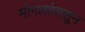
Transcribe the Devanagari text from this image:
मोगलांपासून